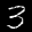
Label: 3